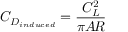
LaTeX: C _ { D _ { i n d u c e d } } = { \frac { C _ { L } ^ { 2 } } { \pi A \! R } }